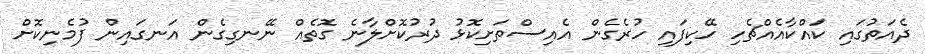
ދެއަތުގައި ކައްކާއެއްޗެހި ހޭކިފައި ހުރެގެން އެއިސްތަށިކޮޅު ދުރުކޮށްލާނެ ގޮތެއް ނޭނގިގެން އަނގައިން ފުމެނިކޮށް